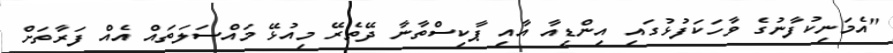
"އެމަނިކުފާނުގެ ވާހަކަފުޅުގައި އިންޑިއާ އާއި ޕާކިސްތާނާ ދޭތެރޭ މިއުޅޭ މައްސަލަތައް އެއް ފަރާތަށް